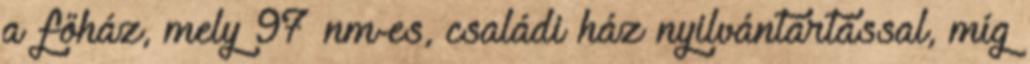
a főház, mely 97 nm-es, családi ház nyilvántartással, míg